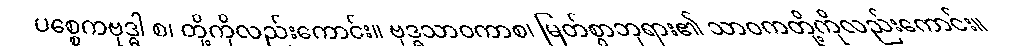
ပစ္စေကဗုဒ္ဓါ စ၊ တို့ကိုလည်းကောင်း။ ဗုဒ္ဓသာဝကာစ၊ မြတ်စွာဘုရား၏ သာဝကတို့ကိုလည်းကောင်း။